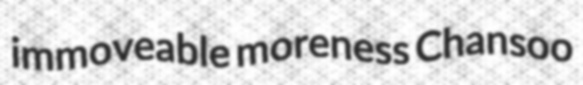
immoveable moreness Chansoo